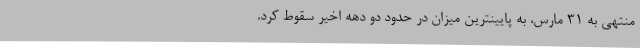
منتهی به ۳۱ مارس، به پایینترین میزان در حدود دو دهه اخیر سقوط کرد.